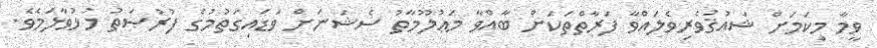
ވީމާ މިކަމަށް ޝައުޤުވެރިވެލައްވާ ފަރާތްތަކަށް ބާއްވާ މަޢުލޫމާތު ސެޝަނަށް ވަޑައިގަތުމުގެ ފުރުޞަތު ހުޅުވާލަމެވެ.